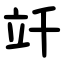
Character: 竏